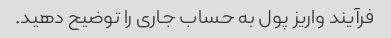
فرآیند واریز پول به حساب جاری را توضیح دهید.